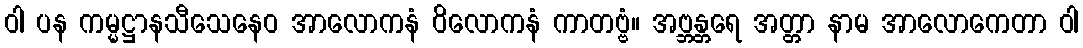
ဝါ ပန ကမ္မဋ္ဌာနသီသေနေဝ အာလောကနံ ဝိလောကနံ ကာတဗ္ဗံ။ အဗ္ဘန္တရေ အတ္တာ နာမ အာလောကေတာ ဝါ